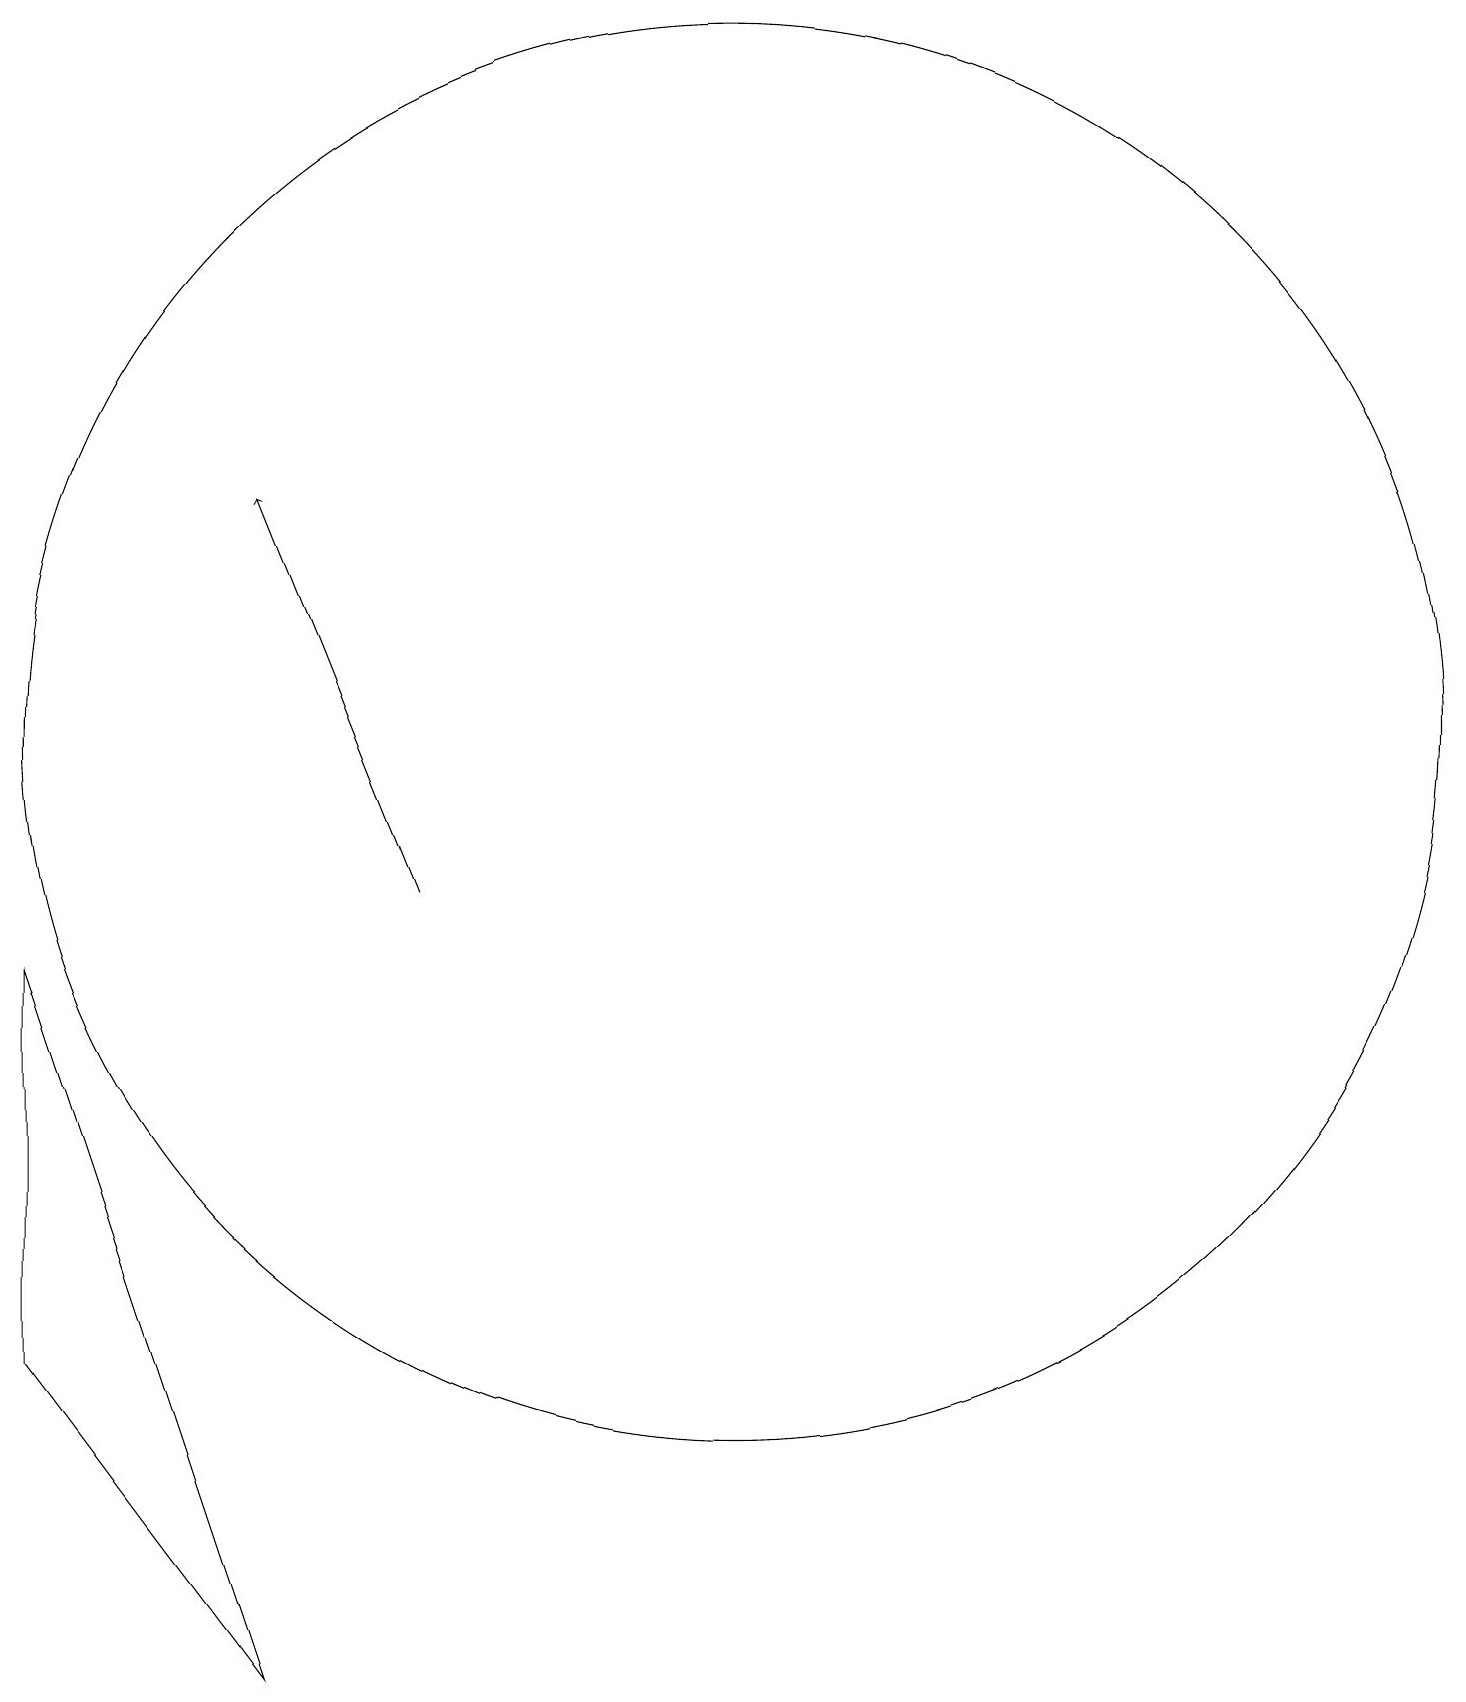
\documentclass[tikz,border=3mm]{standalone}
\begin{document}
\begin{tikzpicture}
\draw (10,12) circle (9);
\draw[->] (6,10) -- (4,15);
\draw (4,0) -- (1,4) -- (1,9) -- cycle;
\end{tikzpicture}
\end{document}